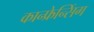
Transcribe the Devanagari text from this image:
कान्फ्रेन्सिंग